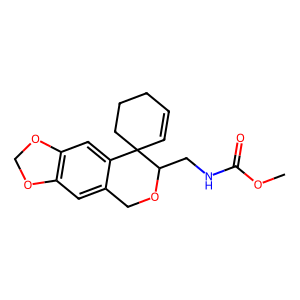
SMILES: COC(=O)NCC1OCc2cc3c(cc2C12C=CCCC2)OCO3
Inhibits HIV replication: No